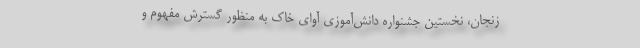
زنجان، نخستین جشنواره دانش‌آموزی آوای خاک به منظور گسترش مفهوم و